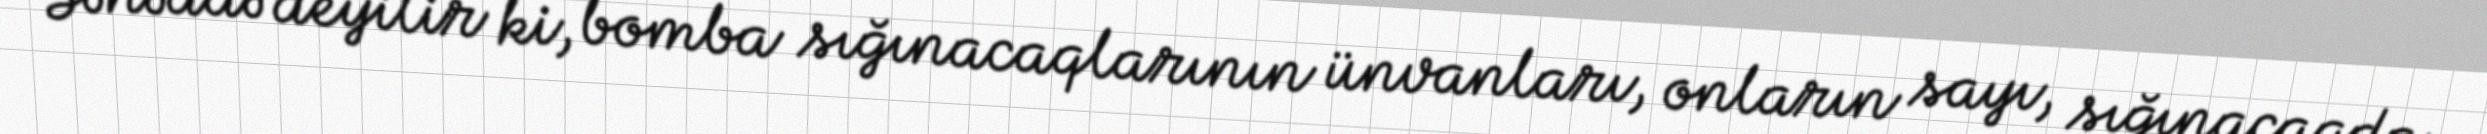
Sənəddə deyilir ki, bomba sığınacaqlarının ünvanları, onların sayı, sığınacaqda